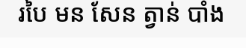
របៃ មន សែន ត្វាន់ បាំង